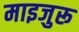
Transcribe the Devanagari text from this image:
माइजुरू